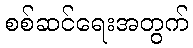
စစ်ဆင်ရေးအတွက်